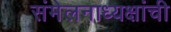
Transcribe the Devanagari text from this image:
संमेलनाध्यक्षांची